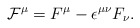
\begin{align*}{\cal F}^{\mu}=F^{\mu}-{\epsilon}^{{\mu}{\nu}}F_{\nu}.\end{align*}